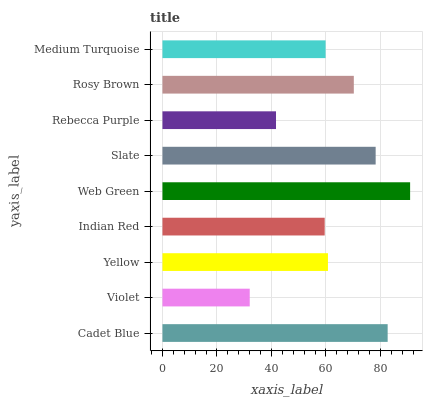
| yaxis_label | bars |
 | --- | --- |
 | Cadet Blue | 82.7 |
 | Violet | 32 |
 | Yellow | 60.8 |
 | Indian Red | 59.6 |
 | Web Green | 90.9 |
 | Slate | 78.3 |
 | Rebecca Purple | 41.7 |
 | Rosy Brown | 70.3 |
 | Medium Turquoise | 59.9 |